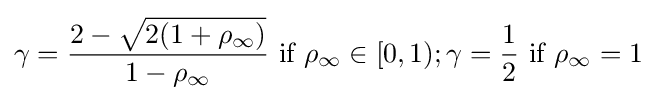
\gamma ={\frac {2-{\sqrt {2(1+\rho _{\infty })}}}{1-\rho _{\infty }}}{\text{ if }}\rho _{\infty }\in [0,1);\gamma ={\frac {1}{2}}{\text{ if }}\rho _{\infty }=1